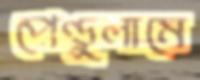
পেণ্ডুলামে